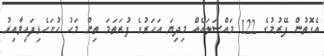
އެގޮތުން ފޭރުމުގެ 122 މައްސަލައެއް މިދިޔަ އަހަރުގެ ފުރަތަމަ ތިން މަހު ހުށަހެޅިފައިވާއިރު